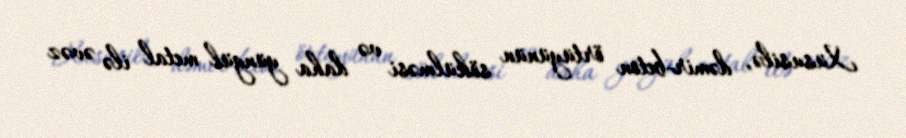
Xüsusilə, dəmir-beton örtüyünün sökülməsi və daha yüngül metal ilə əvəz